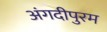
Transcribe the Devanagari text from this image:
अंगदीपुरम